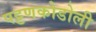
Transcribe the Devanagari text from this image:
पट्टणकोडोली